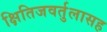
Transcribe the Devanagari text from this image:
क्षितिजवर्तुलासह